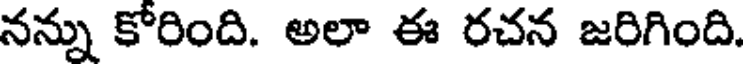
నన్ను కోరింది. అలా ఈ రచన జరిగింది.